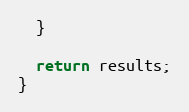
Language: JavaScript
  }

  return results;
}